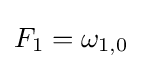
F_{1}=\omega _{1,0}